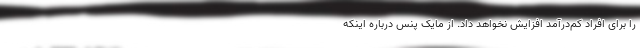
را برای افراد کم‌درآمد افزایش نخواهد داد. از مایک پنس درباره اینکه